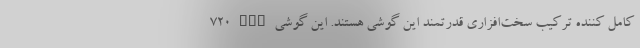
720 MHz کامل کننده ترکیب سخت‌افزاری قدرتمند این گوشی هستند. این گوشی